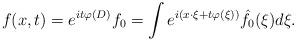
LaTeX: \begin{align*}f(x,t)= e^{it\varphi(D)} f_0 =\int e^{i(x\cdot \xi+ t \varphi(\xi))} \hat f_0(\xi) d \xi.\end{align*}